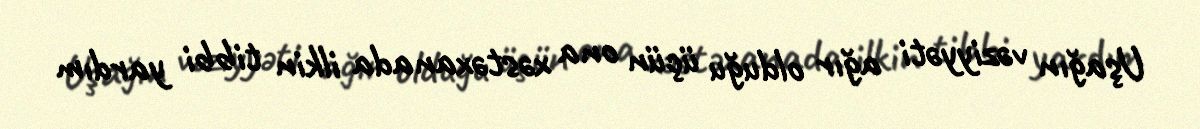
Uşağın vəziyyəti ağır olduğu üçün ona xəstəxanada ilkin tibbi yardım